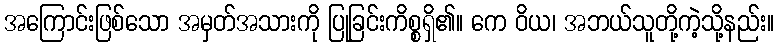
အကြောင်းဖြစ်သော အမှတ်အသားကို ပြုခြင်းကိစ္စရှိ၏။ ကေ ဝိယ၊ အဘယ်သူတို့ကဲ့သို့နည်း။